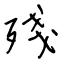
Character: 殘